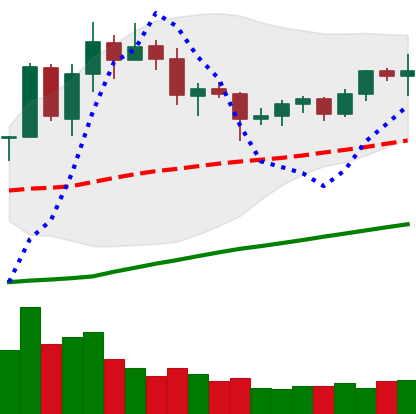
Ticker: TRX-USD
Chart end date: 2020-07-24
Forward return: 7.606%
Label: up_7plus